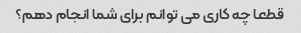
قطعا چه کاری می توانم برای شما انجام دهم؟